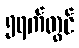
၅ရက်တွင်